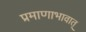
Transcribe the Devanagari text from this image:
प्रमाणाभावात्